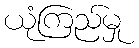
ယုံကြည်မှု